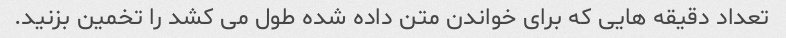
تعداد دقیقه هایی که برای خواندن متن داده شده طول می کشد را تخمین بزنید.